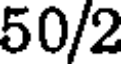
50/2